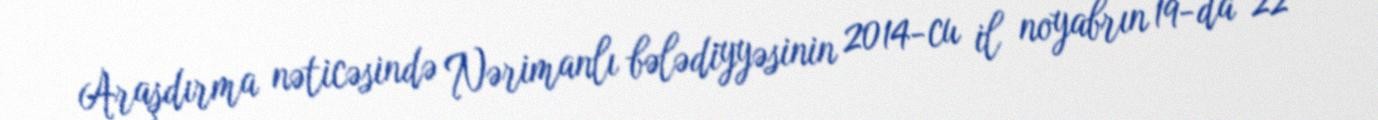
Araşdırma nəticəsində Nərimanlı bələdiyyəsinin 2014-cu il noyabrın 19-da 22